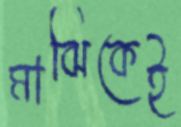
মাঝিকেই